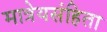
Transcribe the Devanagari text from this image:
मात्रेयसंहिता